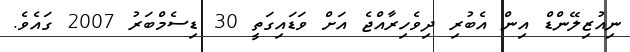
ނިއުޒިލޭންޑް އިން އެބުރި ދިވެހިރާއްޖެ އަށް ވަޑައިގަތީ 30 ޑިސެމްބަރު 2007 ގައެވެ.